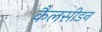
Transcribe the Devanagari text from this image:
कैलसीडन